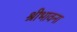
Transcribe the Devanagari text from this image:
श्रीभावना